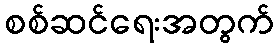
စစ်ဆင်ရေးအတွက်